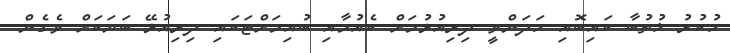
ހުކުރު ޚުތުބާ ކައިބޮއި ހަދަންވީ ދިރިއުޅުމަށް ކެއުމާއި ބުއިމަށްޓަކައި ދިރިއުޅޭ ބަޔަކަށް ވެގެން